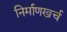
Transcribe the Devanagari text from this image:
निर्माणखर्च